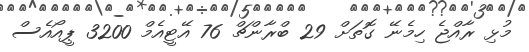
މުޅި ރާއްޖެ ހިމެނޭ ގޮތަށް 29 ބްރާންޗް 76 އޭޓީއެމް 3200 ޕީއޯއެސް